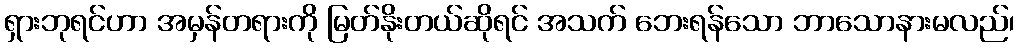
ရှားဘုရင်ဟာ အမှန်တရားကို မြတ်နိုးတယ်ဆိုရင် အသက် ဘေးရန်သော ဘာသောနားမလည်၊